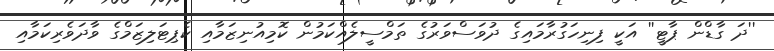
''ދަ ގާޑްން ޕާޓީ'' އަކީ ފިނިހަގުރާމައިގެ ދުވަސްވަރުގެ ތަމްސީލެއްކަމުން ކޮމިއުނިޒަމާއި ކެޕިޓަލިޒަމްގެ ވާދަވެރިކަމާއި